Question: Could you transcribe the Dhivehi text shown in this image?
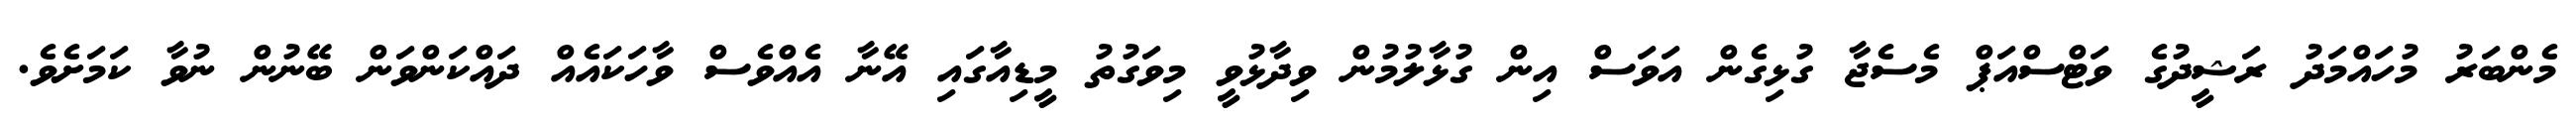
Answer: މެންބަރު މުހައްމަދު ރަޝީދުގެ ވަޓްސްއަޕް މެސެޖާ ގުޅިގެން އަވަސް އިން ގުޅާލުމުން ވިދާޅުވީ މިވަގުތު މީޑިއާގައި އޭނާ އެއްވެސް ވާހަކައެއް ދައްކަންވަން ބޭނުން ނުވާ ކަމަށެވެ.